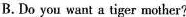
B.Do you want a tiger mother?